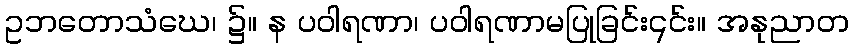
ဥဘတောသံဃေ၊ ၌။ န ပဝါရဏာ၊ ပဝါရဏာမပြုခြင်း၎င်း။ အနုညာတ